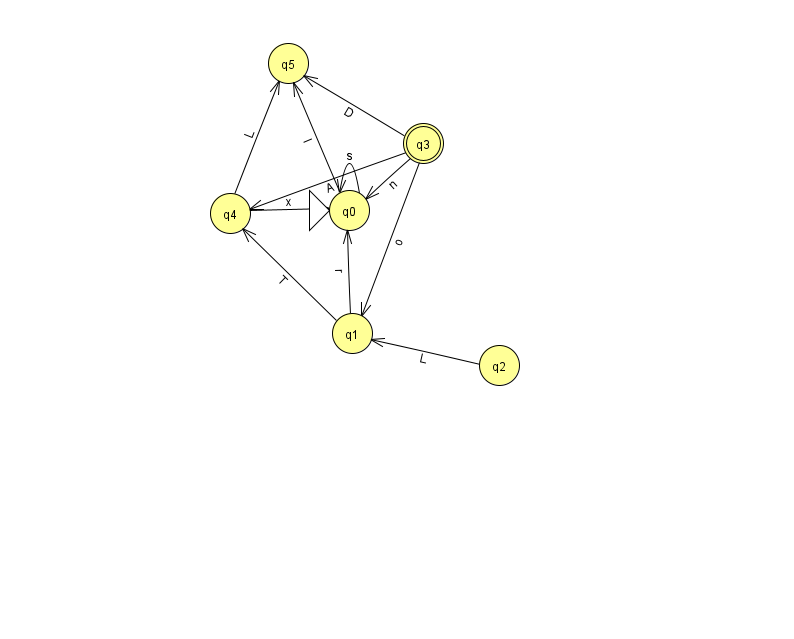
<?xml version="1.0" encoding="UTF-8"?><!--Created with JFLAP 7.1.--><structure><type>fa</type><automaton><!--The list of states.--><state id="0" name="q0"><x>349.0</x><y>197.0</y><initial/></state><state id="1" name="q1"><x>352.0</x><y>320.0</y></state><state id="2" name="q2"><x>499.0</x><y>352.0</y></state><state id="3" name="q3"><x>423.0</x><y>130.0</y><final/></state><state id="4" name="q4"><x>230.0</x><y>200.0</y></state><state id="5" name="q5"><x>288.0</x><y>50.0</y></state><!--The list of transitions.--><transition><from>1</from><to>0</to><read>r</read></transition><transition><from>3</from><to>0</to><read>n</read></transition><transition><from>3</from><to>4</to><read>A</read></transition><transition><from>0</from><to>0</to><read>s</read></transition><transition><from>3</from><to>1</to><read>o</read></transition><transition><from>4</from><to>5</to><read>L</read></transition><transition><from>4</from><to>0</to><read>x</read></transition><transition><from>1</from><to>4</to><read>T</read></transition><transition><from>0</from><to>5</to><read>l</read></transition><transition><from>2</from><to>1</to><read>L</read></transition><transition><from>3</from><to>5</to><read>D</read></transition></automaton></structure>